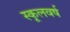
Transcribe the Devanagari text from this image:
स्कूलवर्ष